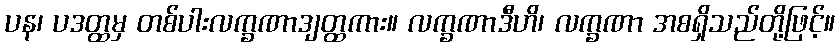
ပန၊ ပဒတ္ထမှ တစ်ပါးလက္ခဏာဒျတ္ထကား။ လက္ခဏာဒီဟိ၊ လက္ခဏာ အစရှိသည်တို့ဖြင့်။